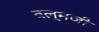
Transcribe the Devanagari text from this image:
वल्मजी